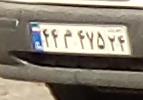
۴۴م۴۷۵۲۴